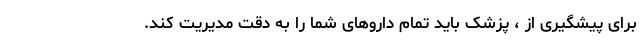
برای پیشگیری از ، پزشک باید تمام داروهای شما را به دقت مدیریت کند.